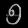
Digit: ၅